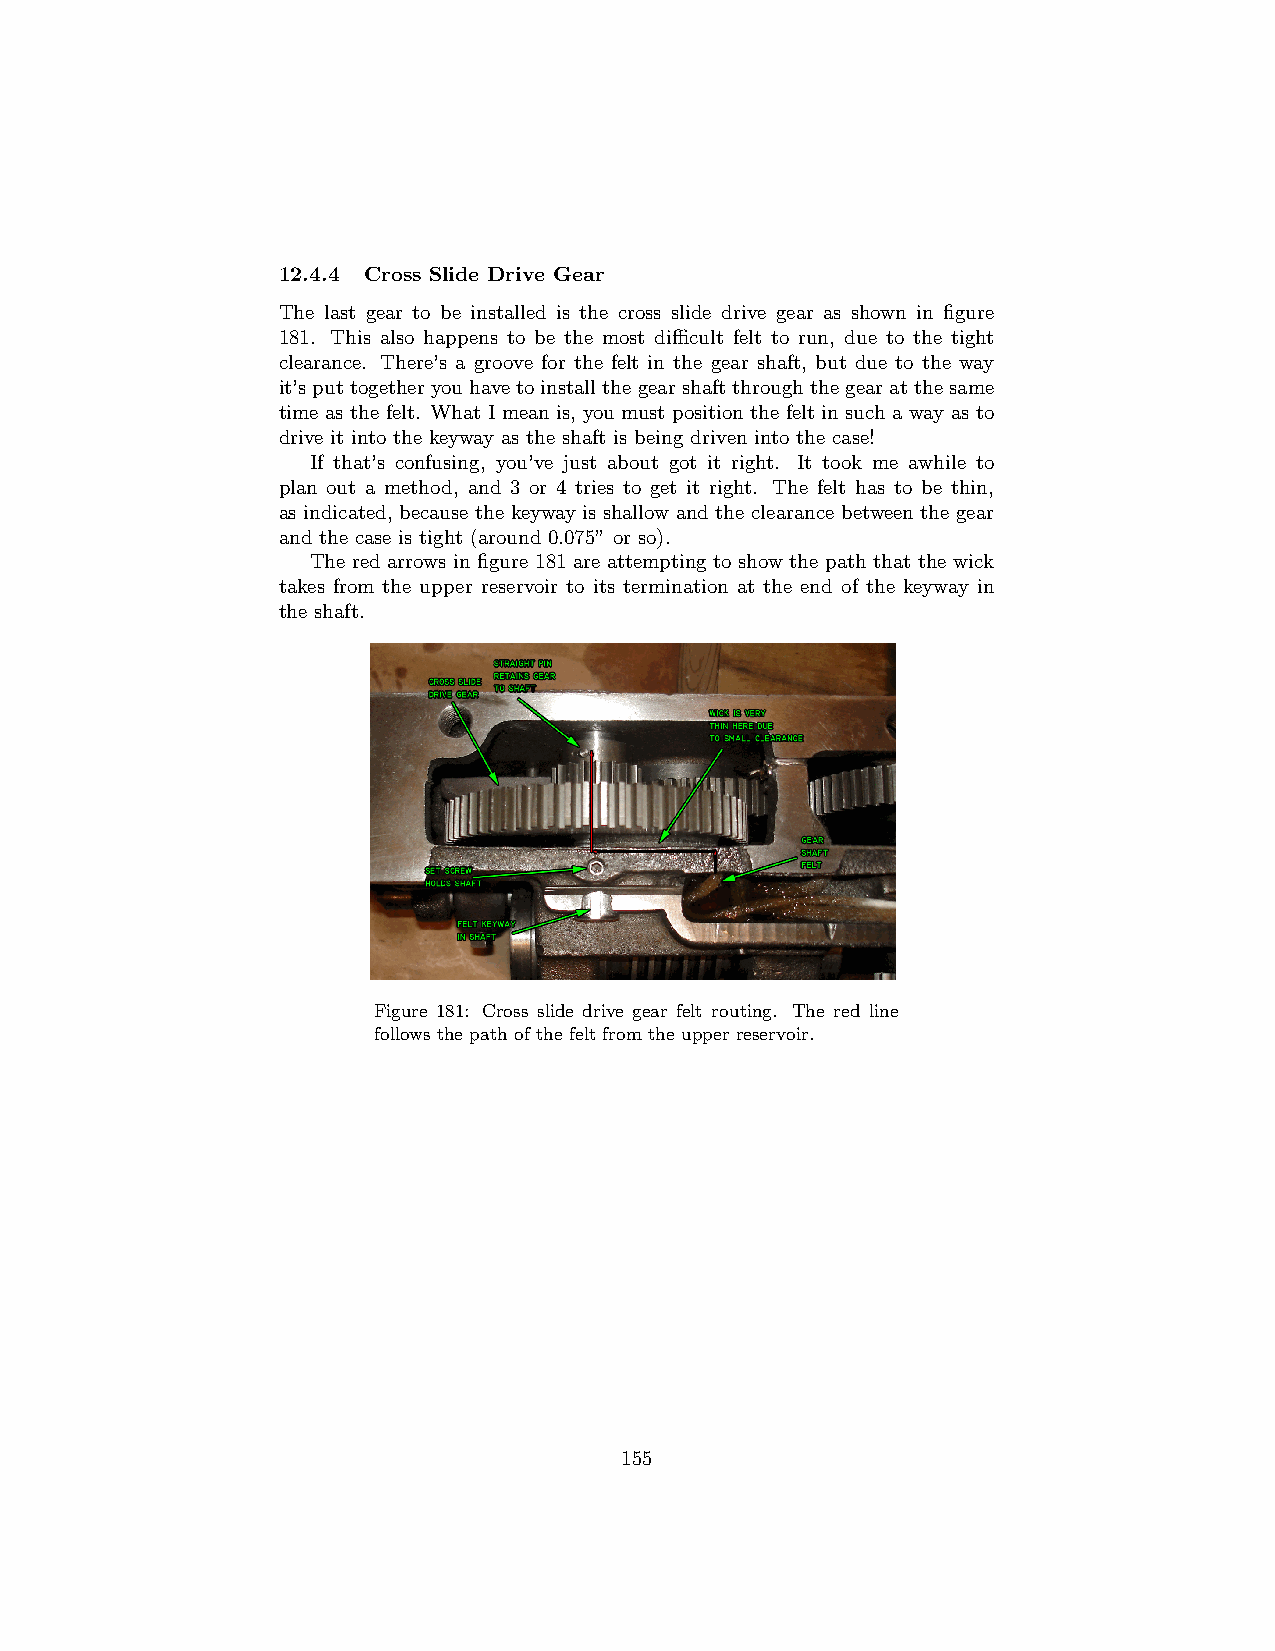
12.4.4 Cross Slide Drive Gear
 The last gear to be installed is the cross slide drive gear as shown in figure
 181. This also happens to be the most difficult felt to run, due to the tight
 clearance. There’s a groove for the felt in the gear shaft, but due to the way
 it’sputtogetheryouhavetoinstallthegearshaftthroughthegearatthesame
 time as the felt. What I mean is, you must position the felt in such a way as to
 drive it into the keyway as the shaft is being driven into the case!
 If that’s confusing, you’ve just about got it right. It took me awhile to
 plan out a method, and 3 or 4 tries to get it right. The felt has to be thin,
 as indicated, because the keyway is shallow and the clearance between the gear
 and the case is tight (around 0.075” or so).
 The red arrows in figure 181 are attempting to show the path that the wick
 takes from the upper reservoir to its termination at the end of the keyway in
 the shaft.
 Figure 181: Cross slide drive gear felt routing. The red line
 follows the path of the felt from the upper reservoir.
 155